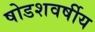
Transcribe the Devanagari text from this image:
षोडशवर्षीय